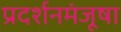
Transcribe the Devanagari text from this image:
प्रदर्शनमंजूषा